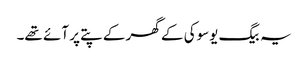
یہ بیگ یوسوکی کے گھر کے پتے پر آئے تھے۔